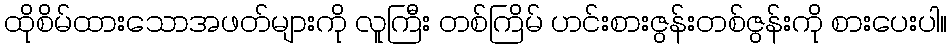
ထိုစိမ်ထားသောအဖတ်များကို လူကြီး တစ်ကြိမ် ဟင်းစားဇွန်းတစ်ဇွန်းကို စားပေးပါ။